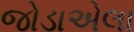
જોડાએલા